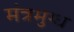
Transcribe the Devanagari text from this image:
मंत्रमुग्‍ध